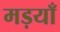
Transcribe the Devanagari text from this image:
मड़याँ